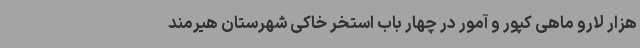
هزار لارو ماهی کپور و آمور در چهار باب استخر خاکی شهرستان هیرمند